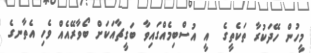
މީހުން ހޭދަކުރާ ތަކެތީގެ  އީ އުސްބިމެއްގައިވާ ބަގީޗާއަކަށް ބޯވާރޭއެއް ވެހި އެތާނގެ